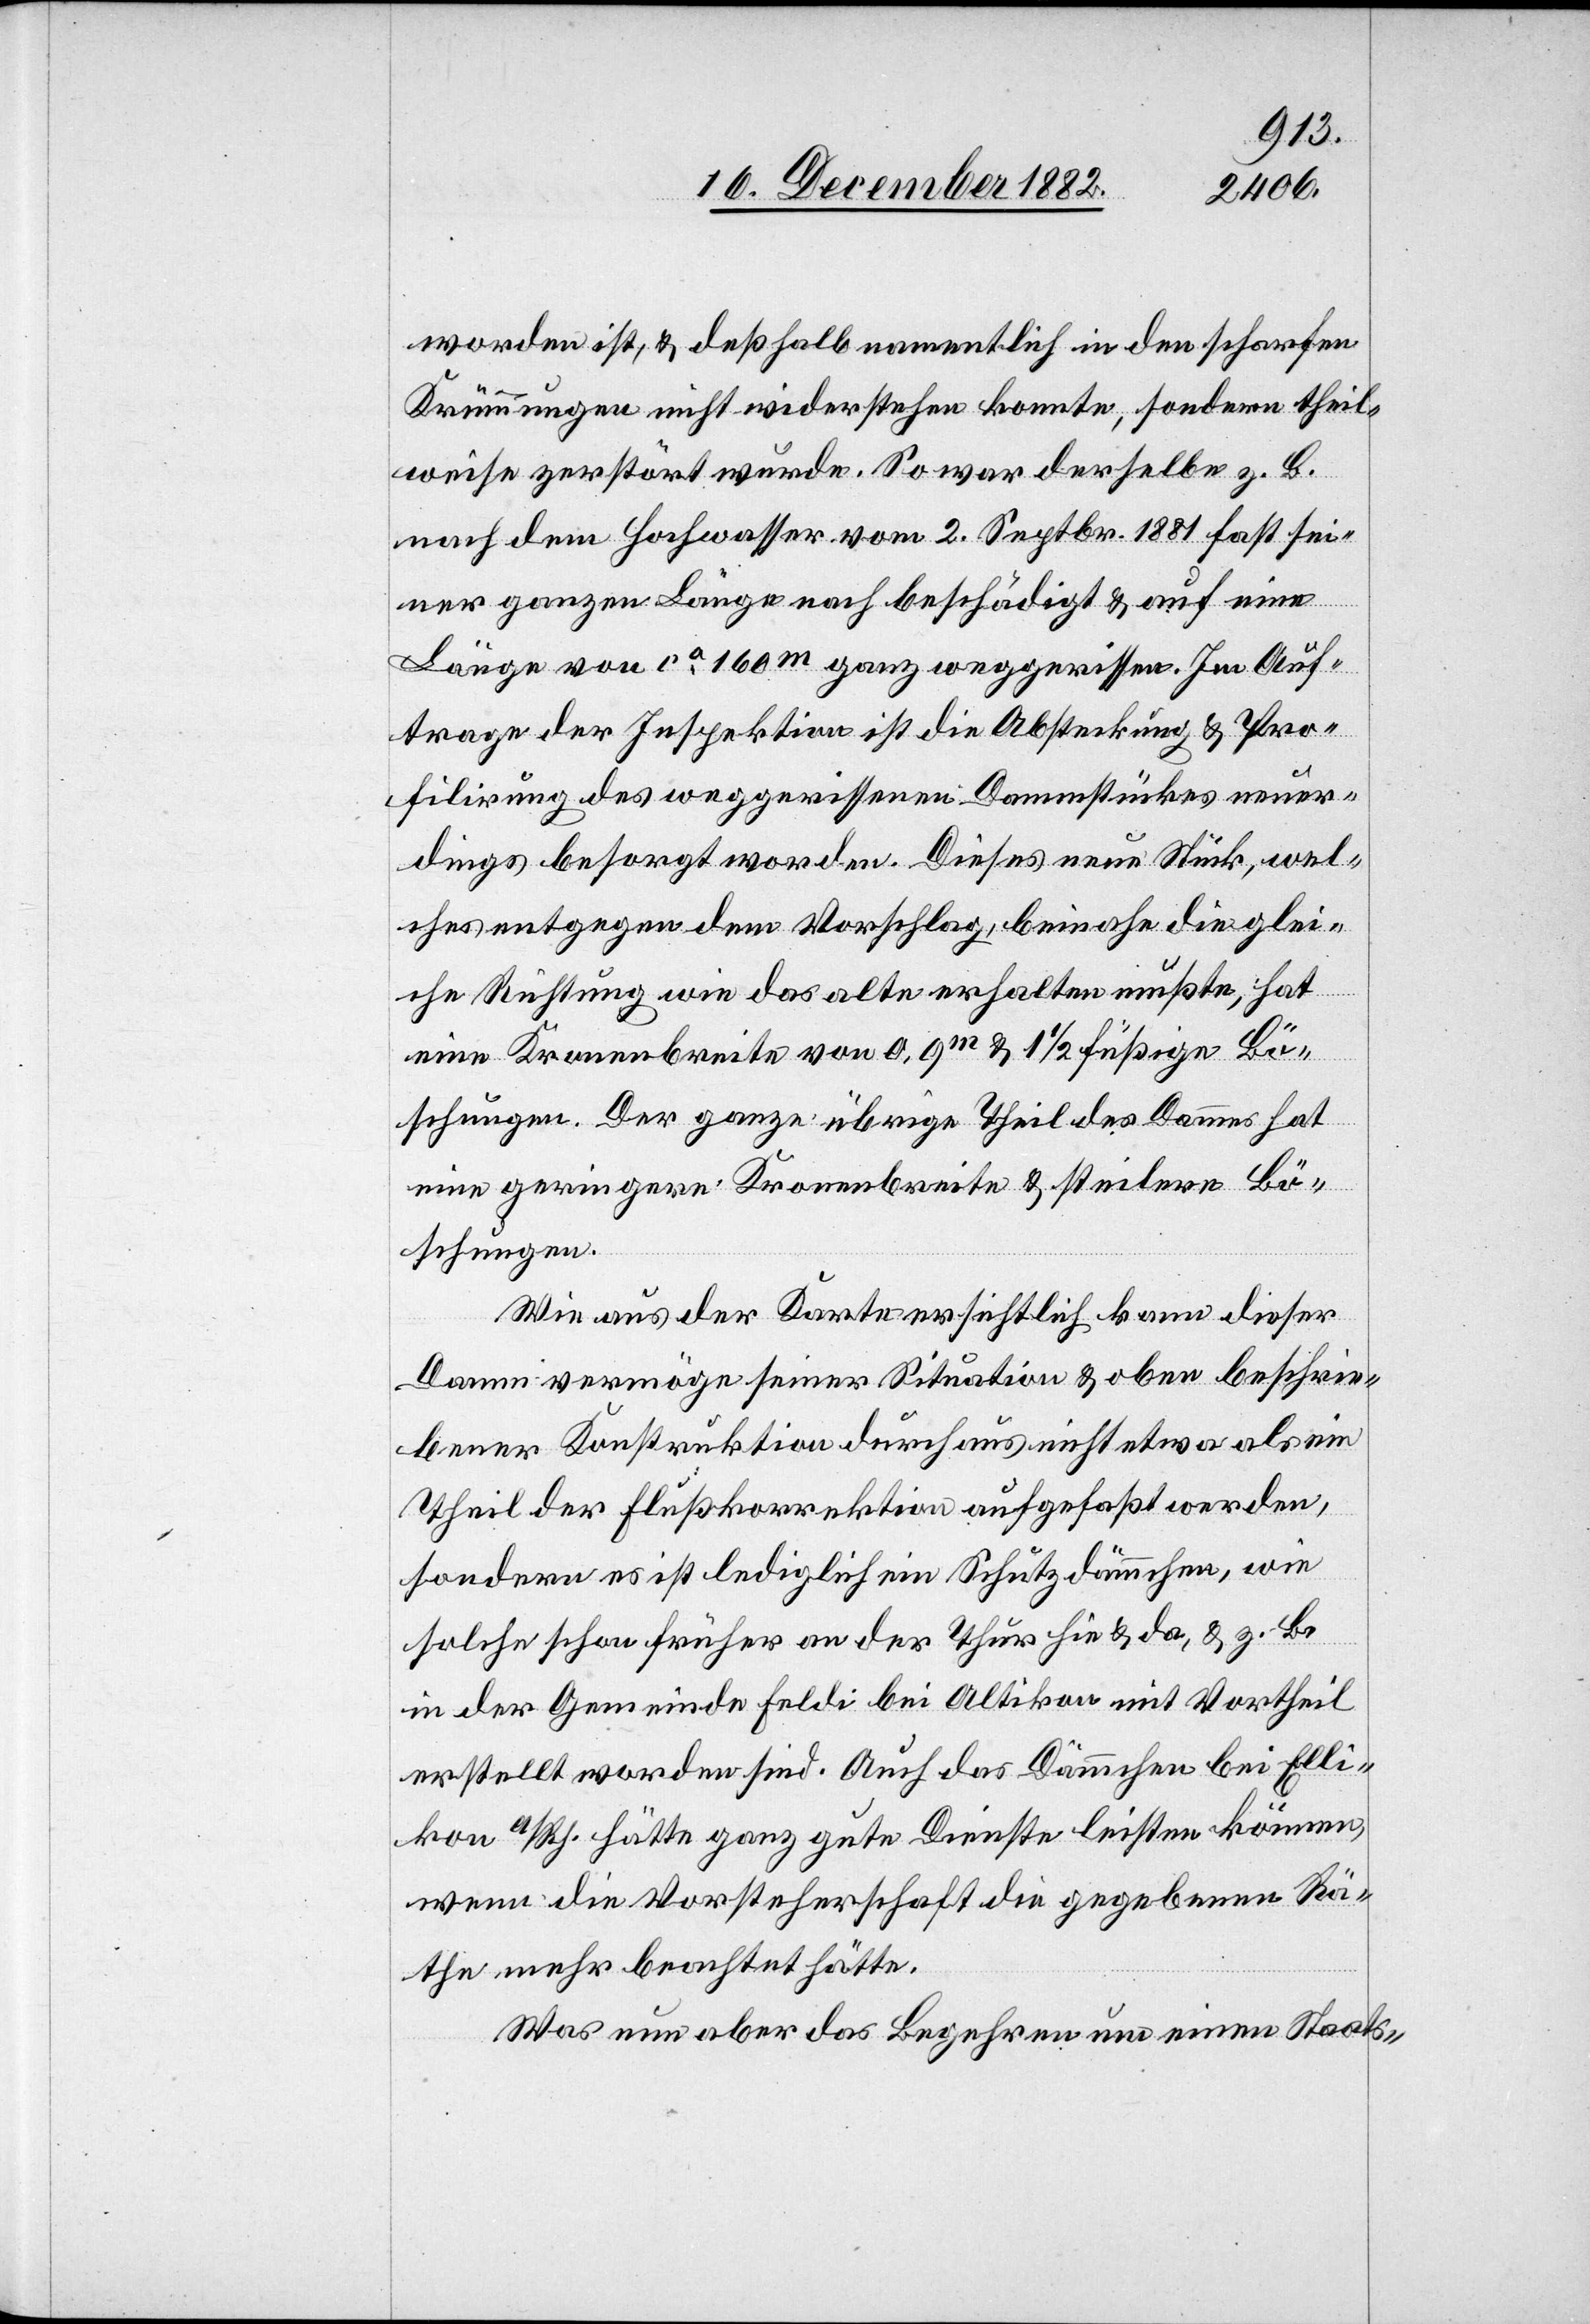
worden ist, & deßhalb namentlich in den scharfen
Krümmungen nicht widerstehen konnte, sondern theil¬
weise zerstört wurde. So war derselbe z. B.
nach dem Hochwasser vom 2. Septbr. 1881 fast sei¬
ner ganzen Länge nach beschädigt & auf eine
Länge von ca 160m ganz weggerissen. Im Auf¬
trage der Inspektion ist die Absteckung & Pro¬
filirung des weggerissenen Dammstückes neuer¬
dings besorgt worden. Dieses neue Stück, wel¬
ches entgegen dem Vorschlag, beinahe die glei¬
che Richtung wie das alte erhalten mußte, hat
eine Kronenbreite von 0,9m & 1 1/2 füßige Bö¬
schungen. Der ganze übrige Theil des Dammes hat
eine geringere Kronenbreite & steilere Bö¬
schungen.
Wie aus der Karte ersichtlich kann dieser
Damm vermöge seiner Situation & oben beschrie¬
bener Konstruktion durchaus nicht etwa als ein
Theil der Flußkorrektion aufgefaßt werden,
sondern es ist lediglich ein Schutzdämmchen, wie
solche schon früher an der Thur hie & da, & z b.
in der Gemeinde Feldi bei Altikon mit Vortheil
erstellt worden sind. Auch das Dämmchen bei Elli¬
kon a/Rh. hätte ganz gute Dienste leisten können,
wenn die Vorsteherschaft die gegebenen Rä¬
the mehr beachtet hätte.
Was nun aber das begehren um einen Staats-